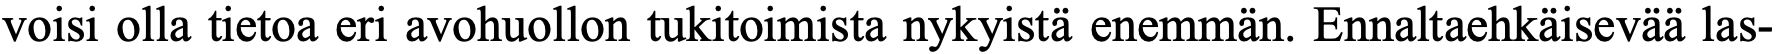
voisi olla tietoa eri avohuollon tukitoimista nykyistä enemmän. Ennaltaehkäisevää las-